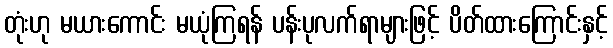
တုံးဟု မယားကောင်း မယုံကြရန် ပန်းပုလက်ရာများဖြင့် ပိတ်ထားကြောင်းနှင့်